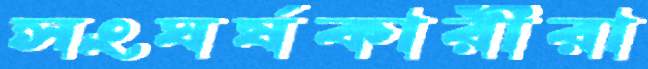
সংঘর্ষকারীরা